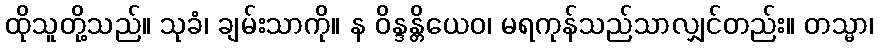
ထိုသူတို့သည်။ သုခံ၊ ချမ်းသာကို။ န ဝိန္ဒန္တိယေဝ၊ မရကုန်သည်သာလျှင်တည်း။ တသ္မာ၊